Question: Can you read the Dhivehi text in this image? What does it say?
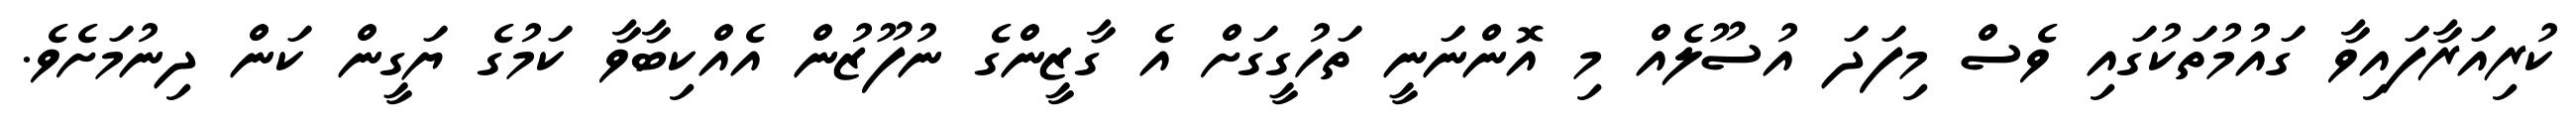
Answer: ކުރިއަރާފައިވާ ގައުމުތަކުގައި ވެސް މިފަދަ އުސޫލެއް މި އޮންނަނީ ތަހުގީގަށް އެ ގާޒީންގެ ނުފޫޒުން އެއްކިބާވާ ކަމުގެ ޔަގީން ކަން ދިނުމަށެވެ.